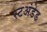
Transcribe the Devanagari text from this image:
स्टअंडेड